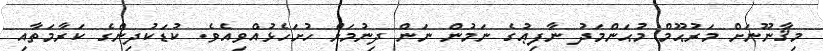
މިޤާނޫނަށް މަރުޙޫމް މުޙަންމަދު ނާފިޢުގެ ނަމުން ނަން ދިނުމަށް ހުށަހެޅުއްވިއެވެ. ކުޑަކުދިންގެ ކަރާމަތާއި